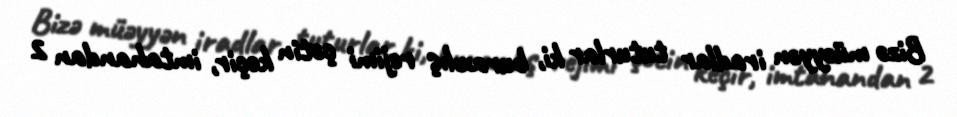
Bizə müəyyən iradlar tuturlar ki, buraxılış rejimi çətin keçir, imtahandan 2